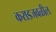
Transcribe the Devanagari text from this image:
कराडजवळील